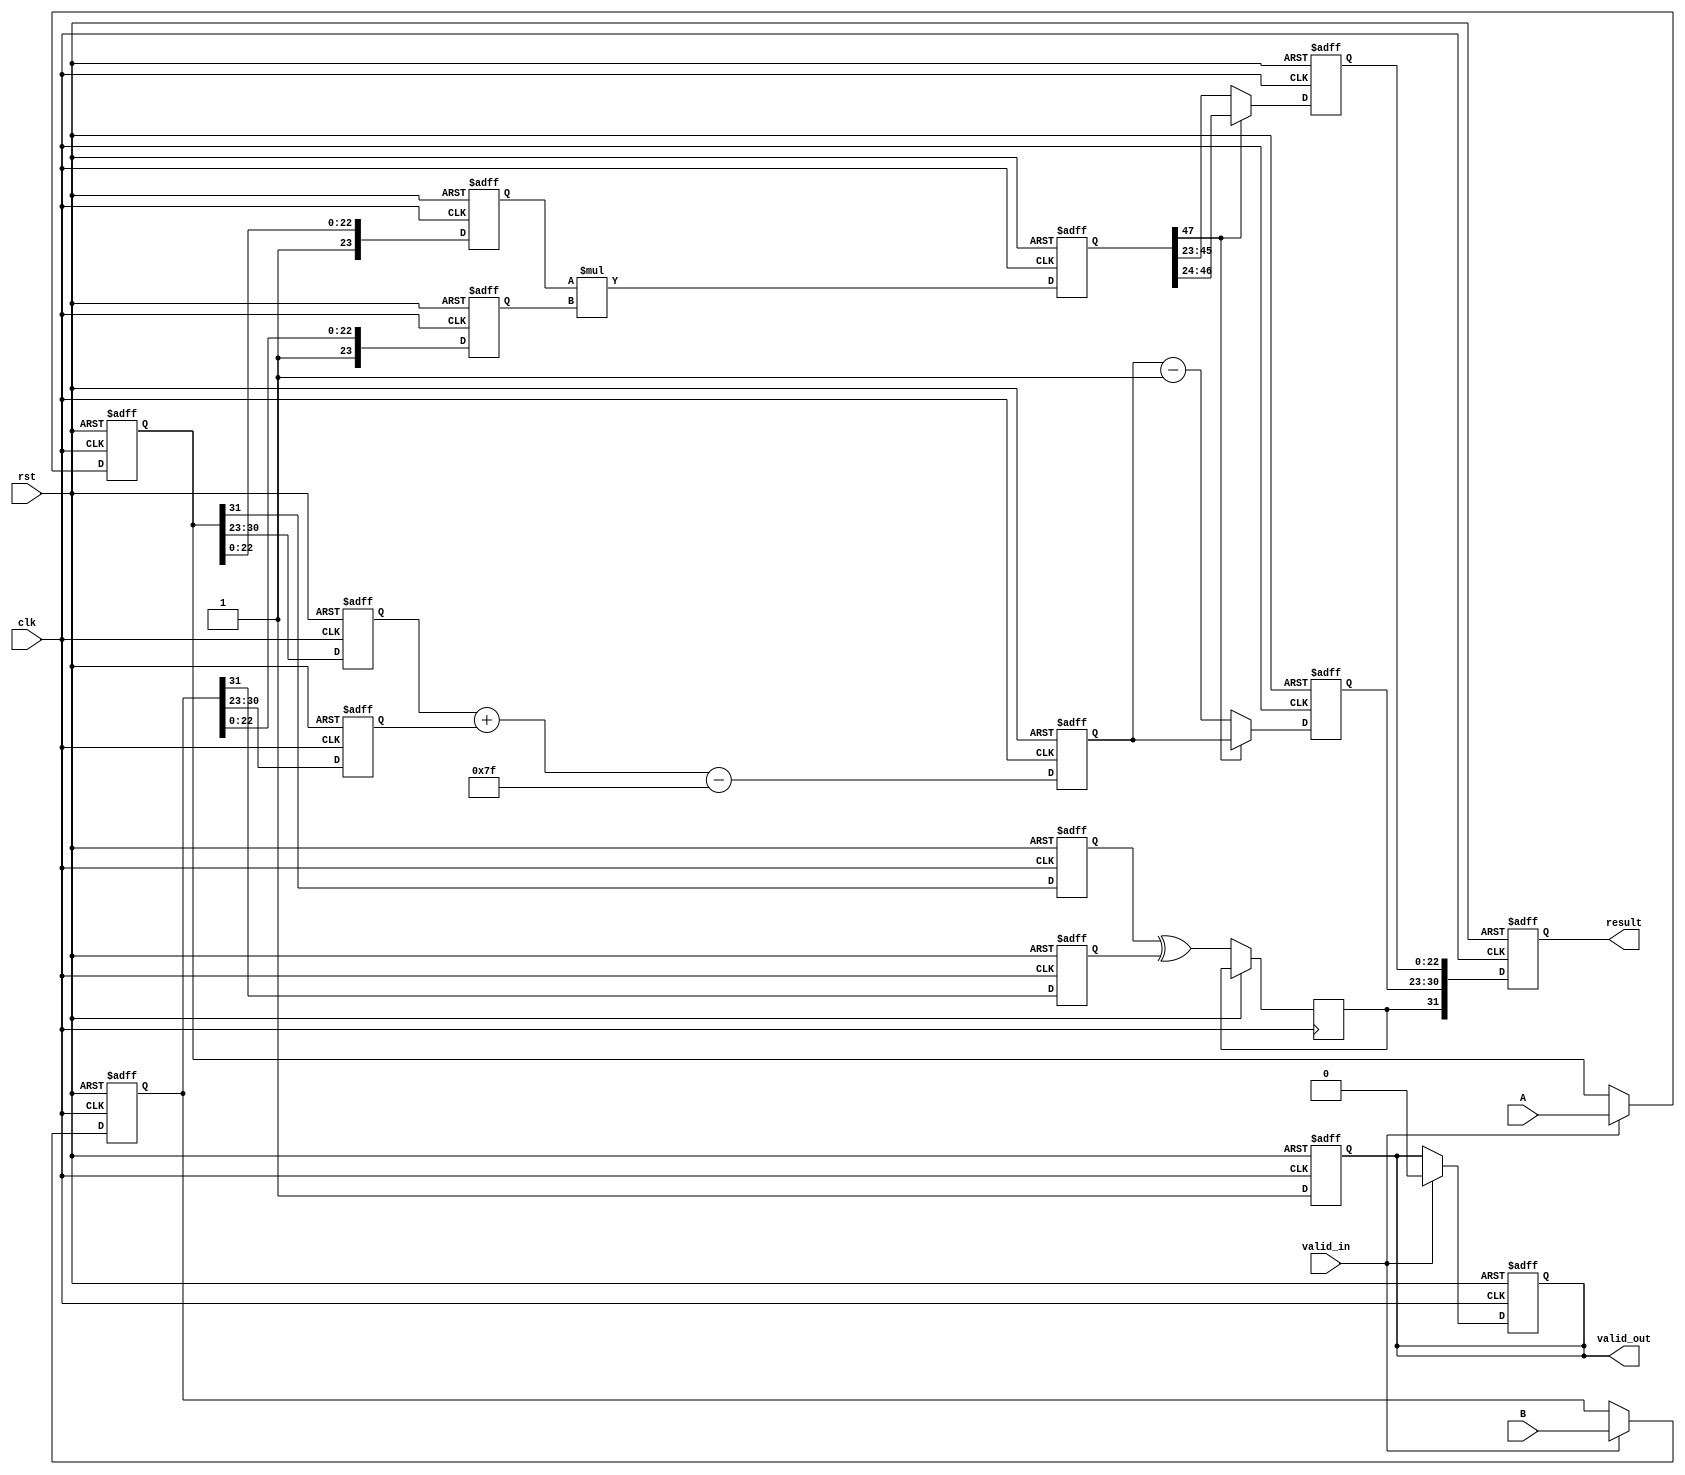
module pipelined_fp_multiplier (
    input clk,
    input rst,
    input valid_in,
    input [31:0] A, // Input floating-point number A
    input [31:0] B, // Input floating-point number B
    output reg valid_out,
    output reg [31:0] result // Output floating-point result
);

    // Pipeline registers
    reg [31:0] A_reg, B_reg; // Stage 1: Input Register
    reg sign_a, sign_b, sign_result; // Stage 2: Decomposition
    reg [7:0] exp_a, exp_b, exp_result; // Stage 2: Decomposition
    reg [23:0] mant_a, mant_b, mant_result; // Stage 2: Decomposition
    reg [47:0] mant_mult; // Stage 3: Mantissa Multiplication
    reg [8:0] exp_sum; // Stage 4: Exponent Calculation
    reg [24:0] mant_final; // Stage 5: Normalization

    // Constants
    localparam BIAS = 127;

    // Stage 1: Input Register
    always @(posedge clk or posedge rst) begin
        if (rst) begin
            A_reg <= 32'b0;
            B_reg <= 32'b0;
            valid_out <= 1'b0;
        end else if (valid_in) begin
            A_reg <= A;
            B_reg <= B;
            valid_out <= 1'b0; // Reset output valid until processed
        end
    end

    // Stage 2: Decomposition
    always @(posedge clk or posedge rst) begin
        if (rst) begin
            sign_a <= 1'b0;
            sign_b <= 1'b0;
            exp_a <= 8'b0;
            exp_b <= 8'b0;
            mant_a <= 24'b0;
            mant_b <= 24'b0;
        end else begin
            sign_a <= A_reg[31];
            sign_b <= B_reg[31];
            exp_a <= A_reg[30:23];
            exp_b <= B_reg[30:23];
            mant_a <= {1'b1, A_reg[22:0]}; // Implicit leading 1
            mant_b <= {1'b1, B_reg[22:0]}; // Implicit leading 1
        end
    end

    // Stage 3: Mantissa Multiplication
    always @(posedge clk or posedge rst) begin
        if (rst) begin
            mant_mult <= 48'b0;
        end else begin
            mant_mult <= mant_a * mant_b; // Multiply mantissas
        end
    end

    // Stage 4: Exponent Calculation
    always @(posedge clk or posedge rst) begin
        if (rst) begin
            exp_sum <= 9'b0;
        end else begin
            exp_sum <= exp_a + exp_b - BIAS; // Add exponents and adjust for bias
        end
    end

    // Stage 5: Normalization
    always @(posedge clk or posedge rst) begin
        if (rst) begin
            mant_final <= 25'b0;
            exp_result <= 8'b0;
        end else begin
            // Normalize the mantissa
            if (mant_mult[47]) begin
                mant_final <= mant_mult[47:24]; // No shift needed
                exp_result <= exp_sum; // No exponent adjustment
            end else begin
                mant_final <= mant_mult[46:23]; // Shift right
                exp_result <= exp_sum - 1; // Adjust exponent
            end
        end
    end

    // Stage 6: Output Register
    always @(posedge clk or posedge rst) begin
        if (rst) begin
            result <= 32'b0;
            valid_out <= 1'b0;
        end else begin
            sign_result <= sign_a ^ sign_b; // XOR for sign
            result <= {sign_result, exp_result[7:0], mant_final[22:0]}; // Combine to form result
            valid_out <= 1'b1; // Indicate valid output
        end
    end

endmodule